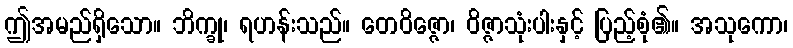
ဤအမည်ရှိသော။ ဘိက္ခု၊ ရဟန်းသည်။ တေဝိဇ္ဇော၊ ဝိဇ္ဇာသုံးပါးနှင့် ပြည့်စုံ၏။ အသုကော၊